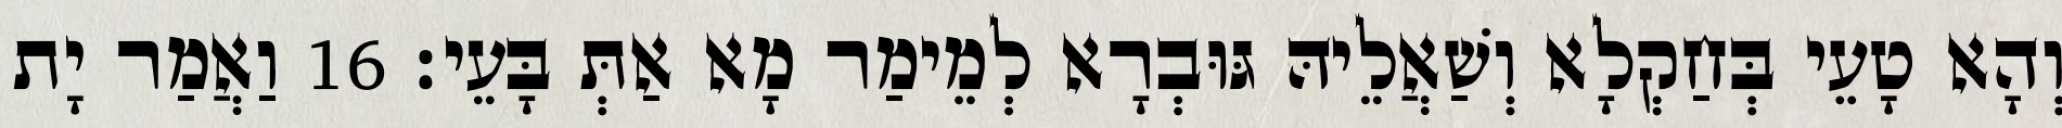
וְהָא טָעֵי בְּחַקְלָא וְשַׁאֲלֵיהּ גּוּבְרָא לְמֵימַר מָא אַתְּ בָּעֵי׃ 16 וַאֲמַר יָת